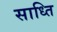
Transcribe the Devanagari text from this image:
साध्ति